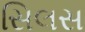
સિલસ